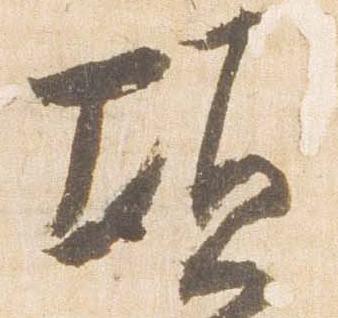
頃